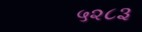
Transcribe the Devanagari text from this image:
५२८३